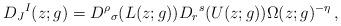
LaTeX: \begin{align*}D_{J}{}^{I}(z;g)=D^{\rho}{}_{\sigma}(L(z;g))D_{r}{}^{s}(U(z;g))\Omega(z;g)^{-\eta}\,,\end{align*}